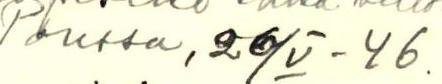
Porissa, 26/V-46.